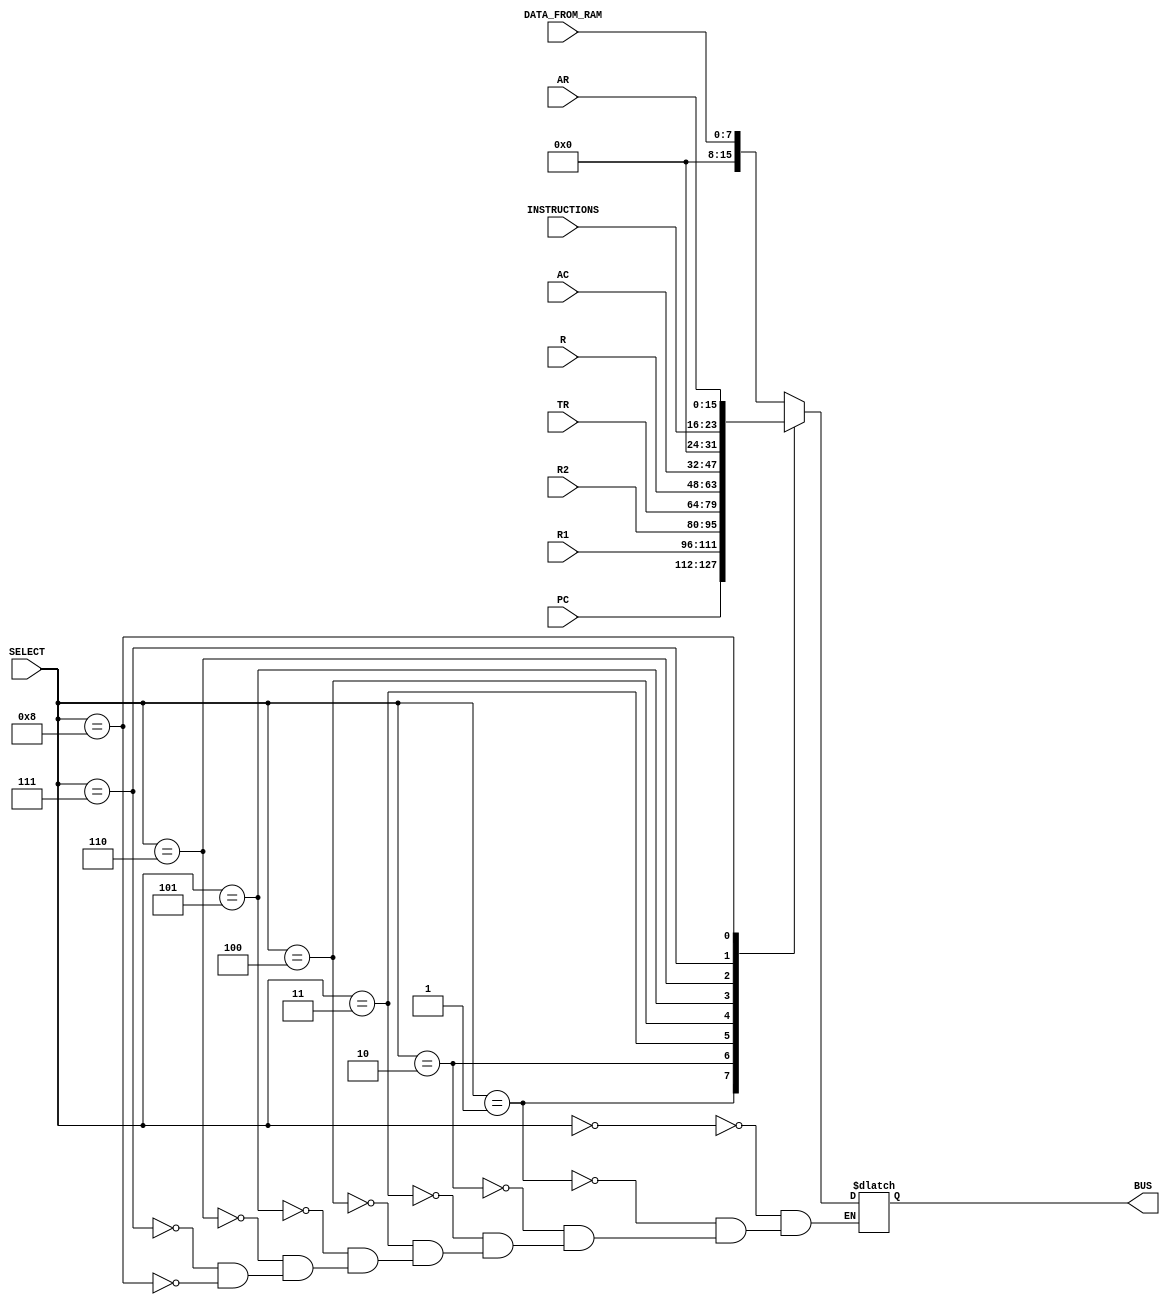
module MUX_FOR_BUS_B
(
    // Inputs
    input [3:0] SELECT,
    input [15:0] PC, R1, R2, TR, R, AC, AR,
    input [7:0] INSTRUCTIONS, DATA_FROM_RAM,
    // Outputs
    output reg [15:0] BUS
);
    
    always @ (*)
        begin
            case(SELECT)
                4'd0: BUS = {8'b0000_0000, DATA_FROM_RAM};
                4'd1: BUS = PC;
                4'd2: BUS = R1;
                4'd3: BUS = R2;
                4'd4: BUS = TR;
                4'd5: BUS = R;
                4'd6: BUS = AC;
                4'd7: BUS = {8'b0000_0000, INSTRUCTIONS};
                4'd8: BUS = AR;
            endcase
        end

endmodule